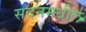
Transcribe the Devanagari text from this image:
सदनमधील